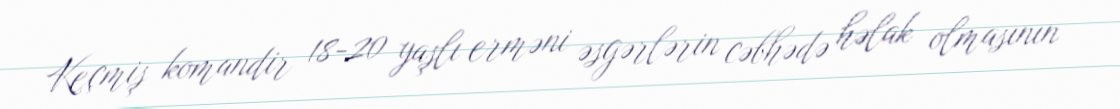
Keçmiş komandir 18-20 yaşlı erməni əsgərlərin cəbhədə həlak olmasının